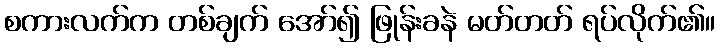
စကားလက်က တစ်ချက် အော်၍ ဖြုန်းခနဲ မတ်တတ် ရပ်လိုက်၏။